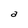
Character: a